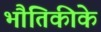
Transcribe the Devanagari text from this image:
भौतिकीके